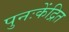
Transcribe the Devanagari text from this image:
पुनःकेंद्रित